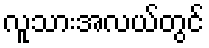
လူသားအလယ်တွင်